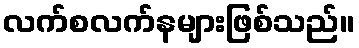
လက်စလက်နများဖြစ်သည်။